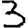
Digit: 3